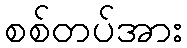
စစ်တပ်အား